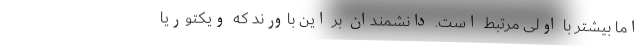
اما بیشتر با اولی مرتبط است. دانشمندان بر این باورند که ویکتوریا